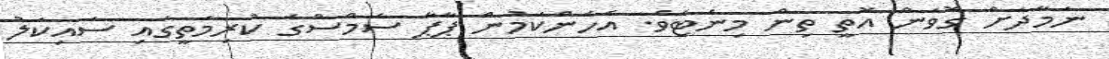
ނަމާދަށް ގޮވަން އޮތީ ތިން މިނެޓެވެ. އެހެންކަމުން ޕާޕާ ސެމްސްގެ ކުރިމަތީގައި ސައިކަލު